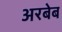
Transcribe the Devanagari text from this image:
अरबेब